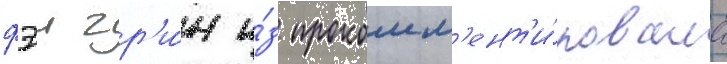
фэи гр'и́н и́з прокомм'ент'и́ровала